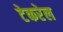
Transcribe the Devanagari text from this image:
टेकरेल